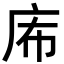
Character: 𢇴